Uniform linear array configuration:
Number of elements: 32
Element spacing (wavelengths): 0.5
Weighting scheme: kaiser
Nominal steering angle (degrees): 15
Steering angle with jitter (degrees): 13.323
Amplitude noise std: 0.05
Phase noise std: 0.05

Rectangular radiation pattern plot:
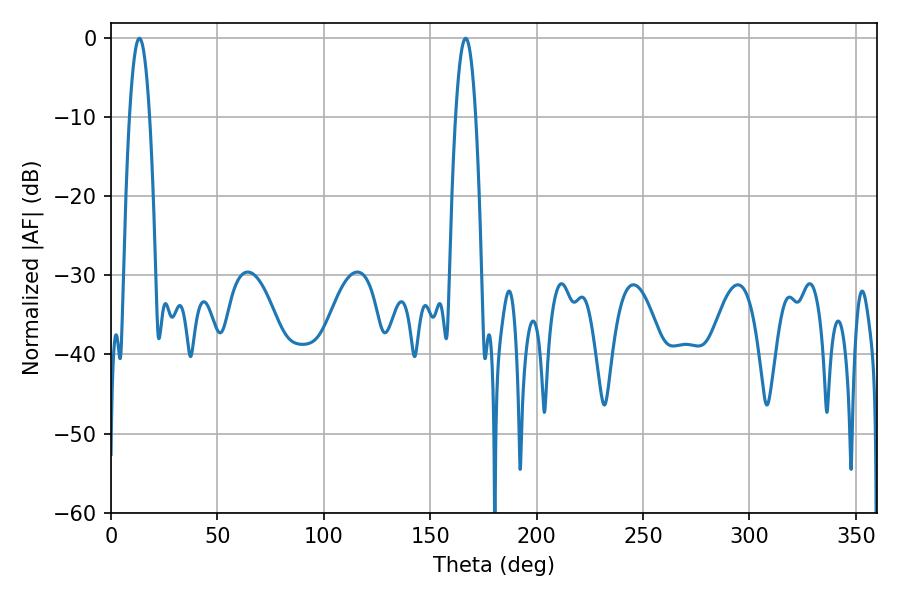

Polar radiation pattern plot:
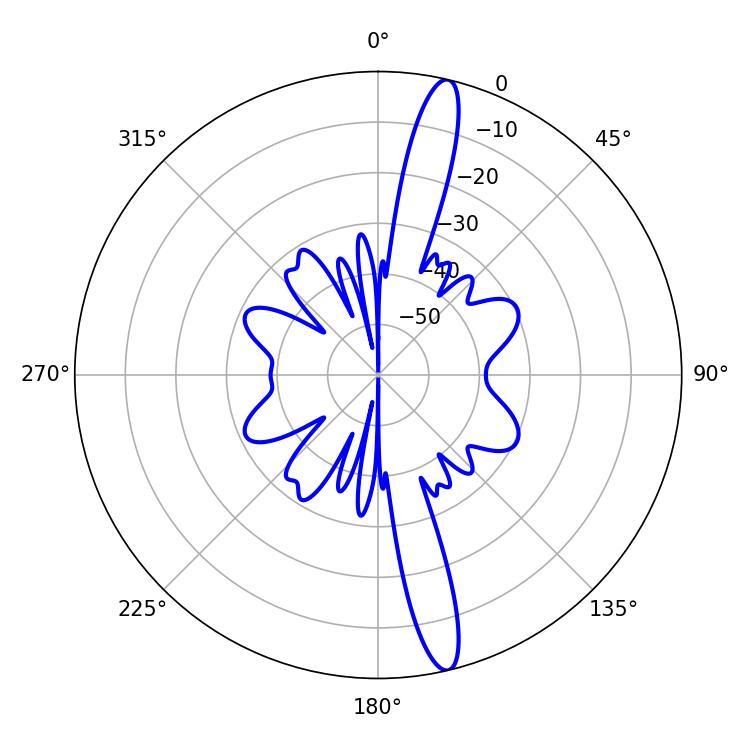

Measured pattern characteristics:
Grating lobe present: FALSE
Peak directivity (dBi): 16.427
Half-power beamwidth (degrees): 5.22
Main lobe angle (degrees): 13.32